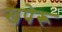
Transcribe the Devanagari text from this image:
खपेरू